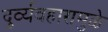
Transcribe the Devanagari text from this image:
दुर्व्यवहारामुळे